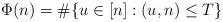
LaTeX: \begin{align*}\Phi(n) = \# \{u \in [n]: (u,n) \le T \}\end{align*}